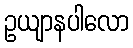
ဥယျာနပါလော